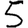
Digit: 5